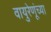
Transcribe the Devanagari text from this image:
वायुरेणूंच्या